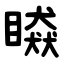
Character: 䁭